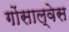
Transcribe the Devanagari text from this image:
गोंसाल्वेस